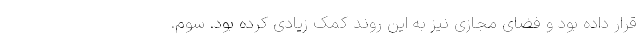
قرار داده بود و فضای مجازی نیز به این روند کمک زیادی کرده بود. سوم.